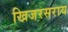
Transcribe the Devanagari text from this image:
खिजरसराय